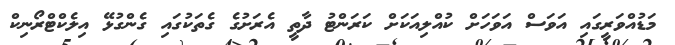
މަޑުއްވަރީގައި އަވަސް އަވަހަށް ކުއްލިއަކަށް ކަރަންޓު ދާތީ އެރަށުގެ ގެތަކުގައި ގެންގުޅޭ އިލެކްޓްރޯނިކް